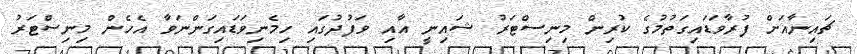
ޗައިނާއަށް ފުރާވަޑައިގަތުމުގެ ކުރިން މިނިސްޓަރު ޝައިނީ އާއި ވަފުދުގައި ހިމެނިވަޑައިގަންނަވާ އެހެން މިނިސްޓަރު